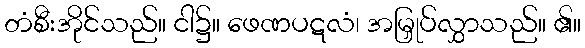
တံစီးအိုင်သည်။ ငါ၌။ ဖေဏပဋလံ၊ အမြှုပ်လွှာသည်။ ၏။